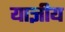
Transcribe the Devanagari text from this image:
याज्ञीय